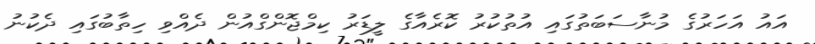
އައު އަހަރުގެ މުނާސަބަތުގައި އުތުކުރު ކޮރެއާގެ ލީޑަރު ކިމްޖޮންގްއުން ދެއްވި ހިތާބުގައި ދެކުނު